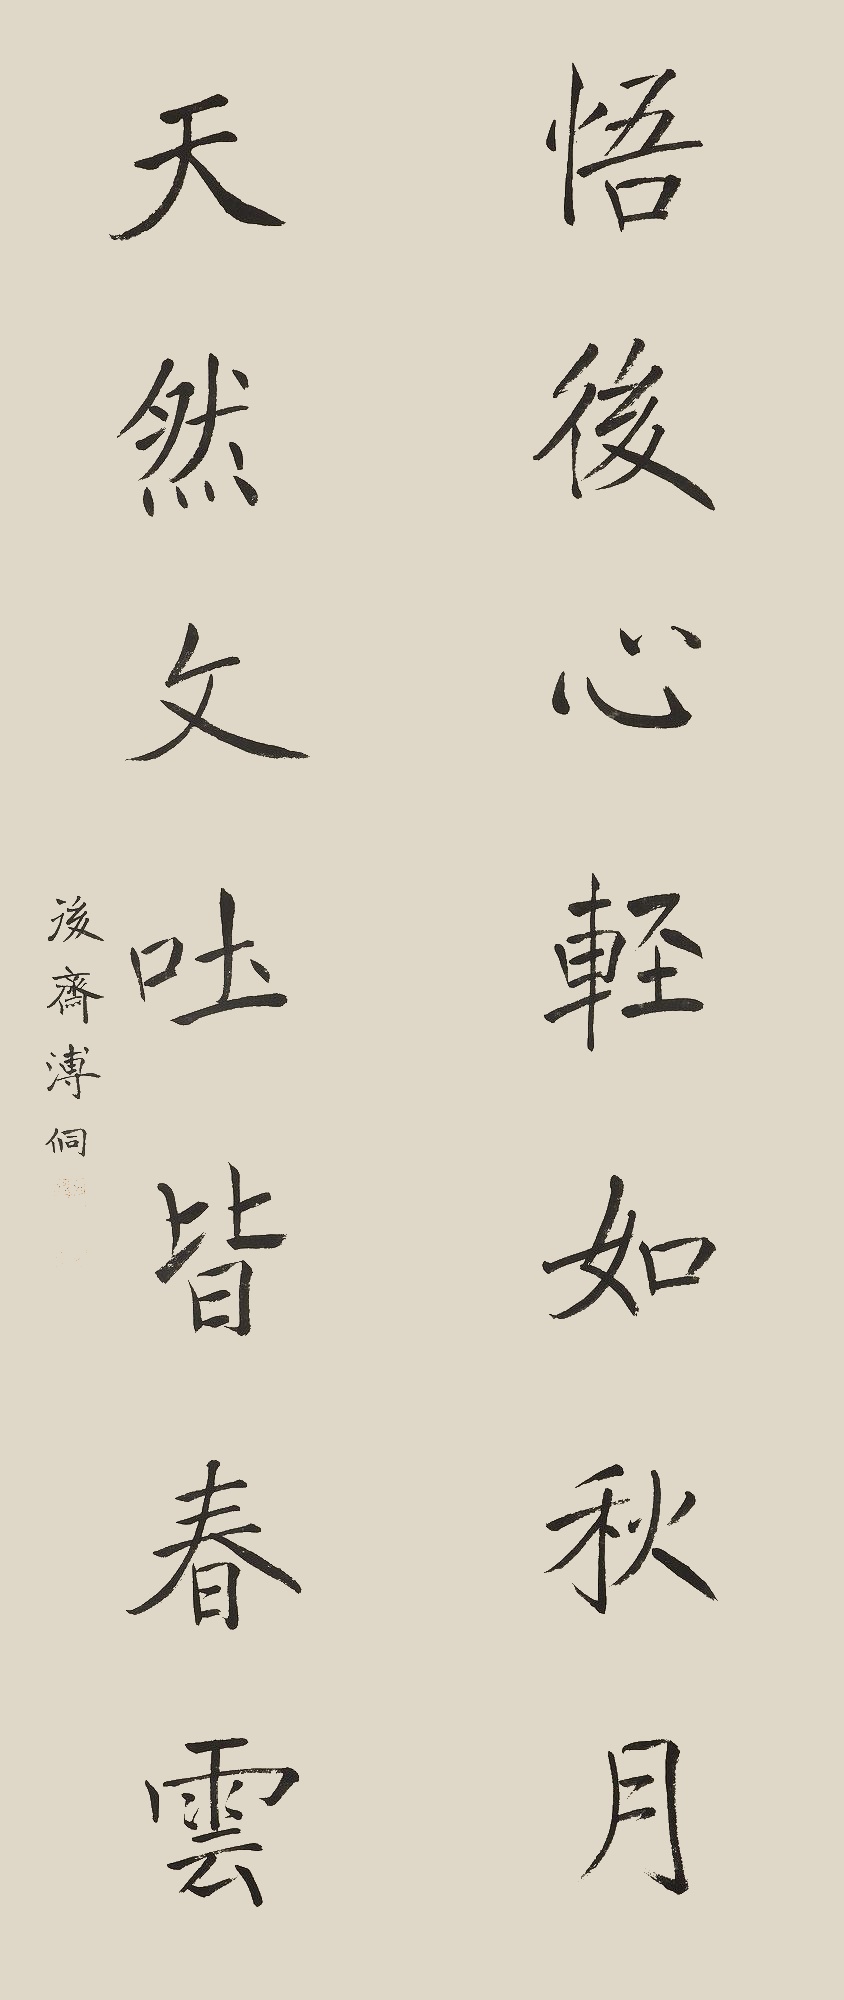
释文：悟后心轻如秋月，天然文吐皆春云。后斋溥侗。